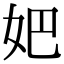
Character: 妑